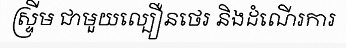
ស្ទ្រីម ជាមួយល្បឿនថេរ និងដំណើរការ